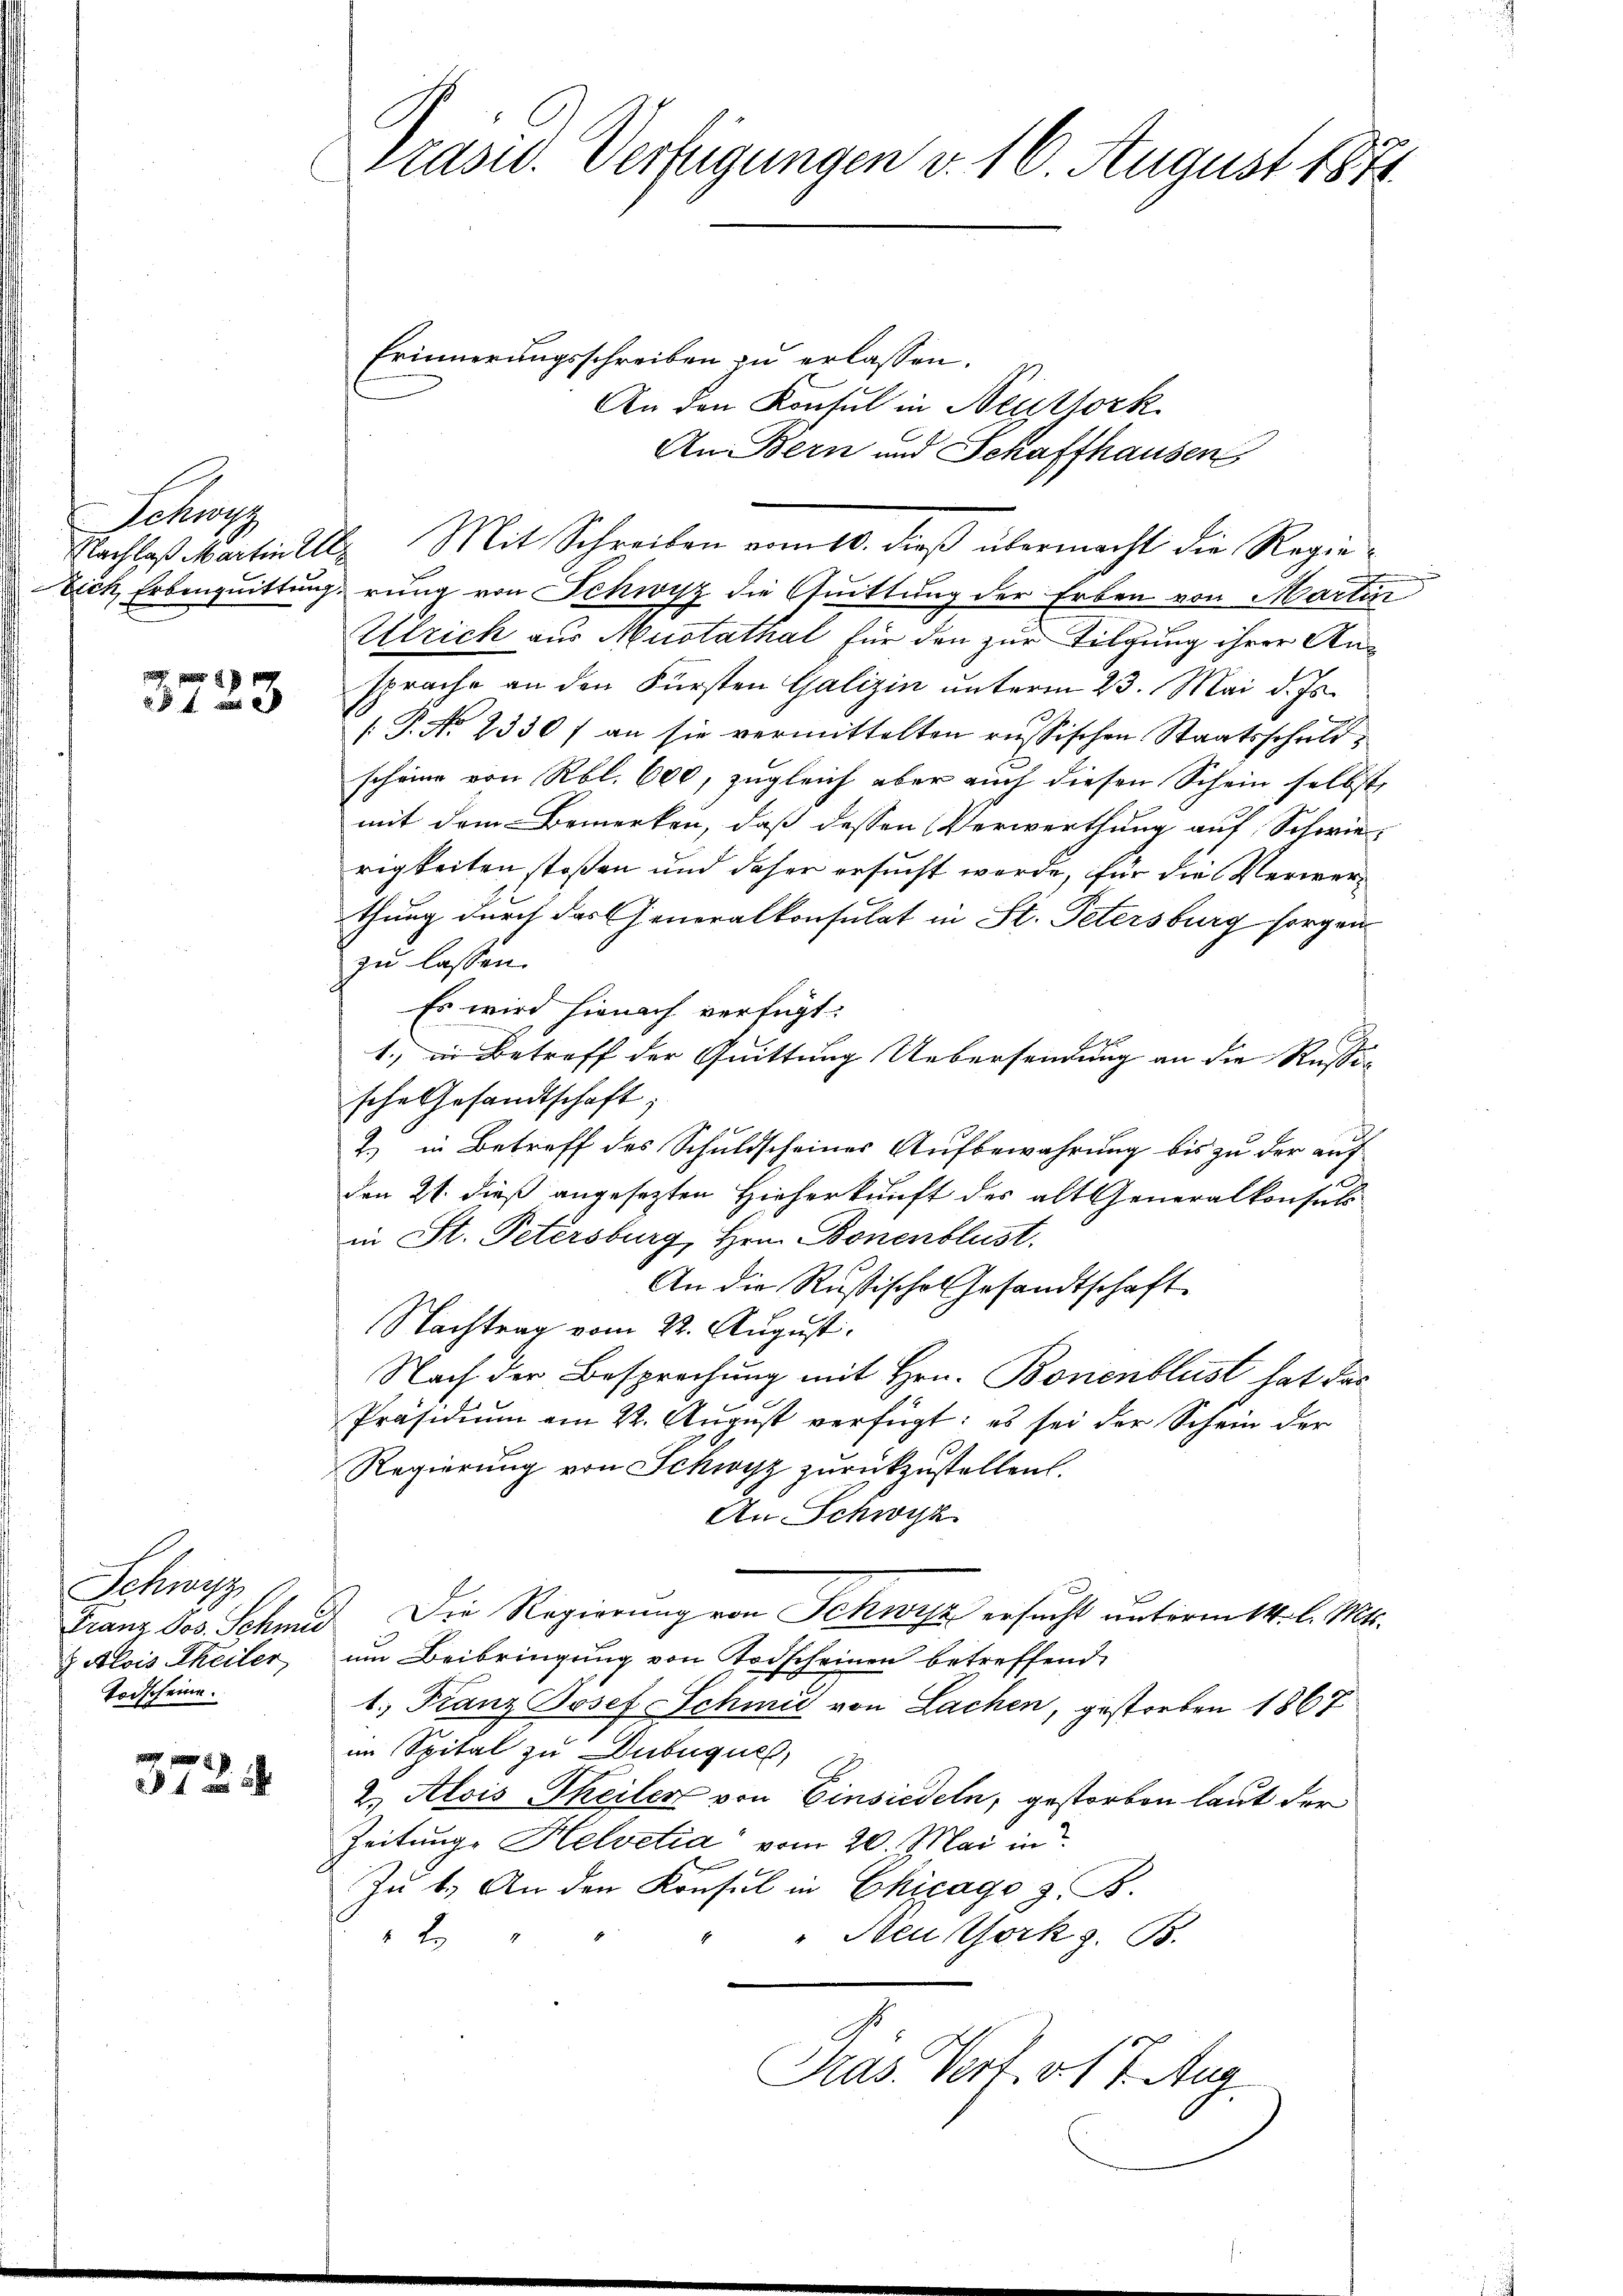
Schn

3723

Schwitz
 Alois Theiler,
Todscheine.

3724.

Präsid. Verfügungen v. 16. August 1871

Erinnerungsschreiben zu erlassen.
An den Konsul in Neuthork
An Bern und Schaffhausen
Nachlaß Martinelle Mit Schreiben vom 10. dieß übermacht die Regie¬
Dich Erbenquittung rung von Schwyz die Quittung der Erben von Martin
Ulrich aus Mustathal für den zur Tilgung ihrer Ansprache an den Fürsten Galizin unterm 23. Mai d. Js.
[P. No 2330/ an sie vermittelten russischen Staatsschuldscheine von Rbl. 600, zugleich aber auch diesen Schein selbst,
mit dem Bemerken, daß dessen Verwerthung auf Schwie
rigkeiten stoßen und daher ersucht werde, für die Verwerthung durch das Generalkonsulat in St. Petersburg sorgen
zu lassen.
Es wird hienach verfügt:
1., in Betreff der Quittung Uebersendung an die Russic
sche Gesandtschaft;
.
2.) in Betreff des Schuldscheiner Aufbewahrung bis zu der auf
den 21. dieß angesezten Hieherkunft des alt Generalkonsuls
in St. Petersburg, Hrn. Bonenblust.
An die Rußische Gesandtschaft
Nachtrag vom 22. August.
Nach der Besprechung mit Hrn. Bonenblust hat das
Präsidium am 22. August verfügt: es sei der Schein der
Regierung von Schwyz zurückzustellen.
An Schwyz
Franz Jos. Schmid. Die Regierung von Schwyz ersucht unterm 14. l. Mts.
um Beibringung von Todscheinen betreffend,
1. Franz Josef Schmid von Lachen, gestorben 1867
im Spital zu Dubuques,
2. Alois Theiler von Einsiedeln, gestorben laut der
Zeitunge Helvetia vom 20. Mai in
Zu 4. An den Konsul in Chicago z. B.
" Neutfork z. B.
2
Pras. Verf. v. 17. Aug